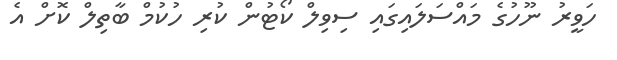
ހަވީރު ނޫހުގެ މައްސަލައިގައި ސިވިލް ކޯޓުން ކުރި ހުކުމް ބާތިލް ކޮށް އެ